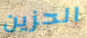
الحزين